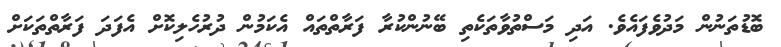
ބޮޑުތަނުން މަދުވެފައެވެ. އަދި މަސްތުވާތަކެތި ބޭނުންކުރާ ފަރާތްތައް އެކަމުން ދުރުހެލިކޮށް އެފަދަ ފަރާތްތަކަށް